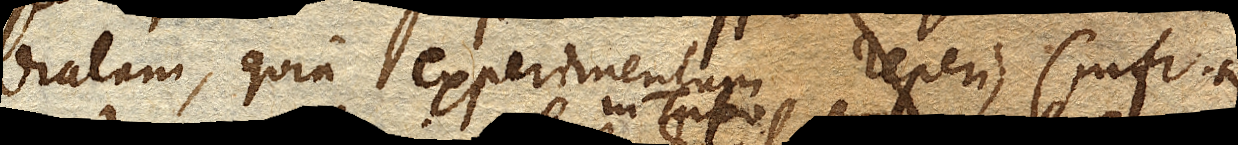
diatam, quia experimentum reperi,